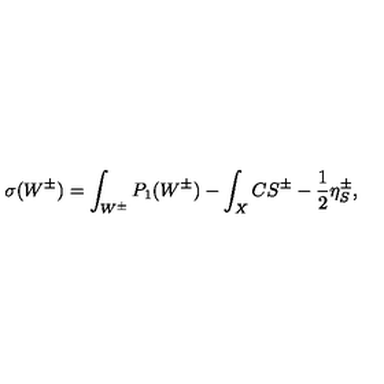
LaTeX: \sigma ( W ^ { \pm } ) = \int _ { W ^ { \pm } } P _ { 1 } ( W ^ { \pm } ) - \int _ { X } C S ^ { \pm } - \frac { 1 } { 2 } \eta _ { S } ^ { \pm } ,